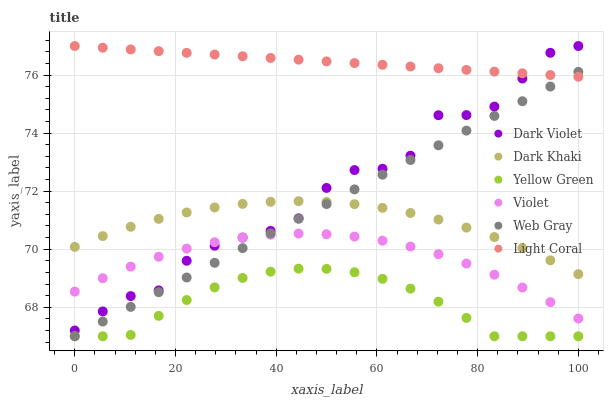
| xaxis_label | Dark Violet | Dark Khaki | Yellow Green | Violet | Web Gray | Light Coral |
 | --- | --- | --- | --- | --- | --- | --- |
 | 0 | 67.2 | 70.1 | 67 | 68.5 | 67 | 77 |
 | 5.56 | 67.9 | 70.5 | 67 | 69 | 67.5 | 76.9 |
 | 11.1 | 68.4 | 70.8 | 67 | 69.4 | 68 | 76.9 |
 | 16.7 | 68.6 | 71 | 67.7 | 69.7 | 68.5 | 76.8 |
 | 22.2 | 69.6 | 71.3 | 68.2 | 70 | 69 | 76.8 |
 | 27.8 | 70.1 | 71.4 | 68.7 | 70.2 | 69.5 | 76.7 |
 | 33.3 | 70.4 | 71.6 | 69 | 70.4 | 70 | 76.6 |
 | 38.9 | 70.6 | 71.6 | 69.2 | 70.5 | 70.5 | 76.6 |
 | 44.4 | 71.1 | 71.7 | 69.3 | 70.5 | 71 | 76.5 |
 | 50 | 72.1 | 71.6 | 69.3 | 70.5 | 71.6 | 76.5 |
 | 55.6 | 72.7 | 71.6 | 69.2 | 70.4 | 72.1 | 76.4 |
 | 61.1 | 72.8 | 71.4 | 69 | 70.3 | 72.6 | 76.4 |
 | 66.7 | 73.2 | 71.2 | 68.6 | 70.1 | 73.1 | 76.3 |
 | 72.2 | 74.6 | 71 | 68.2 | 69.8 | 73.6 | 76.2 |
 | 77.8 | 74.6 | 70.7 | 67.6 | 69.5 | 74.1 | 76.2 |
 | 83.3 | 74.9 | 70.4 | 67 | 69.1 | 74.6 | 76.1 |
 | 88.9 | 75.9 | 70 | 67 | 68.7 | 75.1 | 76.1 |
 | 94.4 | 76.8 | 69.6 | 67 | 68.2 | 75.6 | 76 |
 | 100 | 77 | 69.1 | 67 | 67.6 | 76.1 | 75.9 |